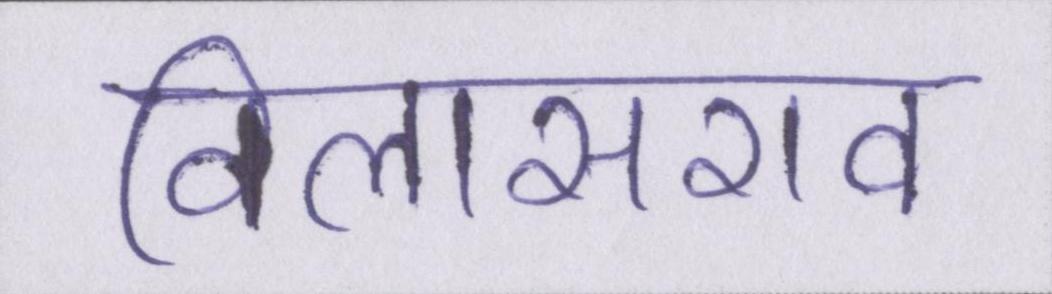
विलासराव